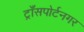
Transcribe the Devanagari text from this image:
ट्राँसपोर्टनगर